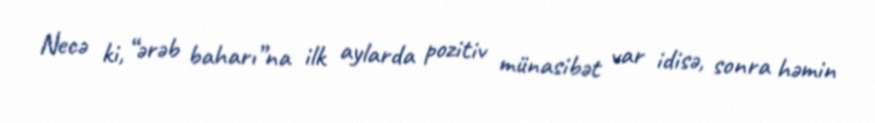
Necə ki, “ərəb baharı”na ilk aylarda pozitiv münasibət var idisə, sonra həmin